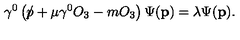
\gamma ^ { 0 } \left( \rlap \slash p + \mu \gamma ^ { 0 } O _ { 3 } - m O _ { 3 } \right) \Psi ( \mathbf { p } ) = \lambda \Psi ( \mathbf { p } ) .